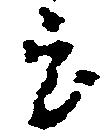
宝